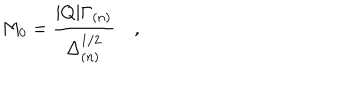
M _ { 0 } = \frac { | Q | \Gamma _ { ( n ) } } { \Delta _ { ( n ) } ^ { 1 / 2 } } \quad ,